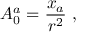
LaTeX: A _ { 0 } ^ { a } = \frac { x _ { a } } { r ^ { 2 } } ~ ,